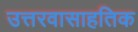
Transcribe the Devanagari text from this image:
उत्तरवासाहतिक